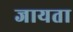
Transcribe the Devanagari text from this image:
जायता